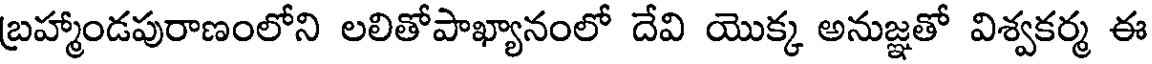
బ్రహ్మాండపురాణంలోని లలితోపాఖ్యానంలో దేవి యొక్క అనుజ్ఞతో విశ్వకర్మ ఈ